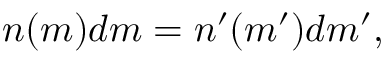
n ( m ) d m = n ^ { \prime } ( m ^ { \prime } ) d m ^ { \prime } ,